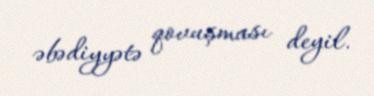
əbədiyyətə qovuşması deyil.